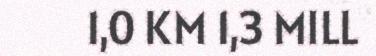
1,0 KM 1,3 MILL